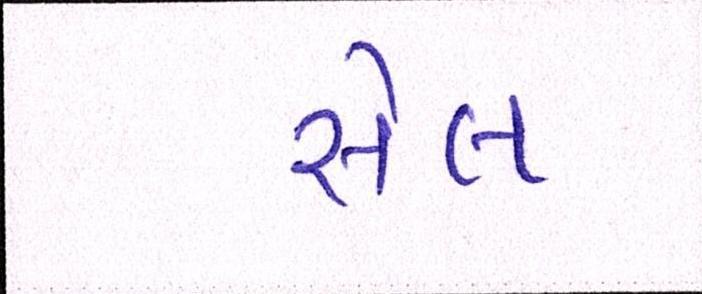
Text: સેલ